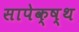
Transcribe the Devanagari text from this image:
सापेक्ष्थ